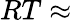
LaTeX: RT\approx